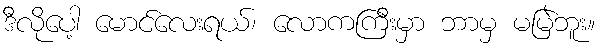
ဒီလိုပေါ့ မောင်လေးရယ်၊ လောကကြီးမှာ ဘာမှ မမြဲဘူး။